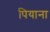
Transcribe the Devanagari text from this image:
पियाना